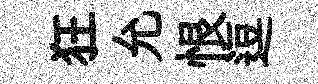
狂允恨逗